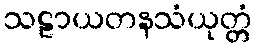
သဠာယတနသံယုတ္တံ